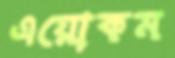
এয়োকম